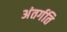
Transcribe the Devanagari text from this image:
अंतर्गति